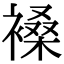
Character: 褬